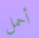
أحمل